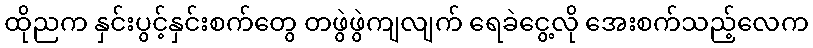
ထိုညက နှင်းပွင့်နှင်းစက်တွေ တဖွဲဖွဲကျလျက် ရေခဲငွေ့လို အေးစက်သည့်လေက